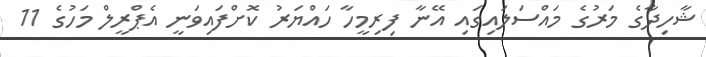
ޝާހިދާގެ މަރުގެ މައްސަލައިގައި އޭނާ ފިރިމީހާ ހައްޔަރު ކޮށްފައިވަނީ އެޕްރީލް މަހުގެ 11